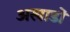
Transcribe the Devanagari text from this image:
अखाडों